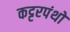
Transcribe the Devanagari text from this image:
कट्टरपंथो